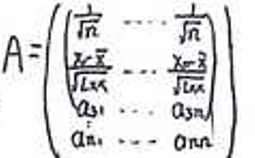
\[
A =
\begin{pmatrix}
\frac{1}{\sqrt{n}} & \cdots & \frac{1}{\sqrt{n}} \\
\frac{x_1 - \bar{x}}{\sqrt{\sum x}} & \cdots & \frac{x_n - \bar{x}}{\sqrt{\sum x}} \\
a_{31} & \cdots & a_{3n} \\
\vdots & \ddots & \vdots \\
a_{n1} & \cdots & a_{nn}
\end{pmatrix}
\]